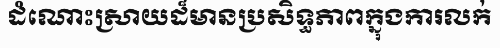
ដំណោះស្រាយដ៏មានប្រសិទ្ធភាពក្នុងការលក់